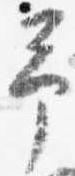
予